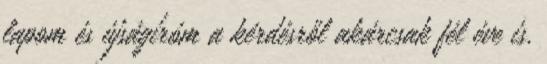
lapom és újságíróm a kérdésről akárcsak fél éve is.